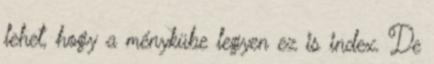
lehet, hogy a ménykübe legyen ez is index. De